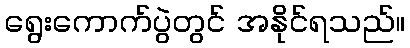
ရွေးကောက်ပွဲတွင် အနိုင်ရသည်။